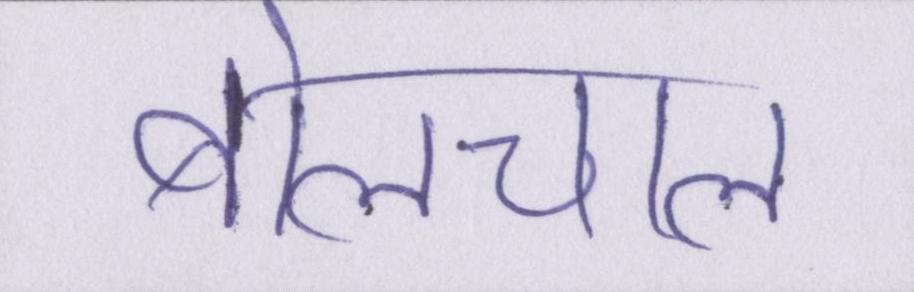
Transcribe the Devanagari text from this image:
बोलचाल